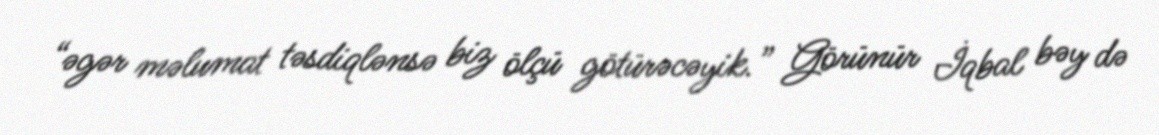
“əgər məlumat təsdiqlənsə biz ölçü götürəcəyik.” Görünür İqbal bəy də